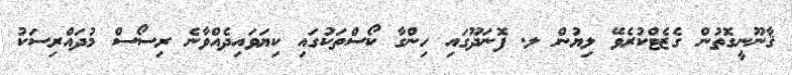
ޤާނޫނީގޮތުން ގެޒެޓްކުރެވޭ ލިޔުން ލ. ފޮނަދޫގައި ހިންގާ ކޯސްތަކުގައި ކިޔަވައިދެއްވާނެ ރިސޯސް މުދައްރިސަކު